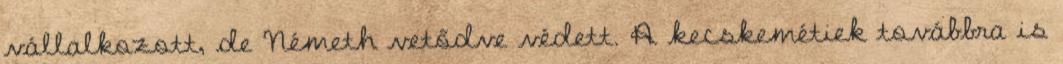
vállalkozott, de Németh vetődve védett. A kecskemétiek továbbra is